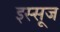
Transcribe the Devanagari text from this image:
इस्सूज